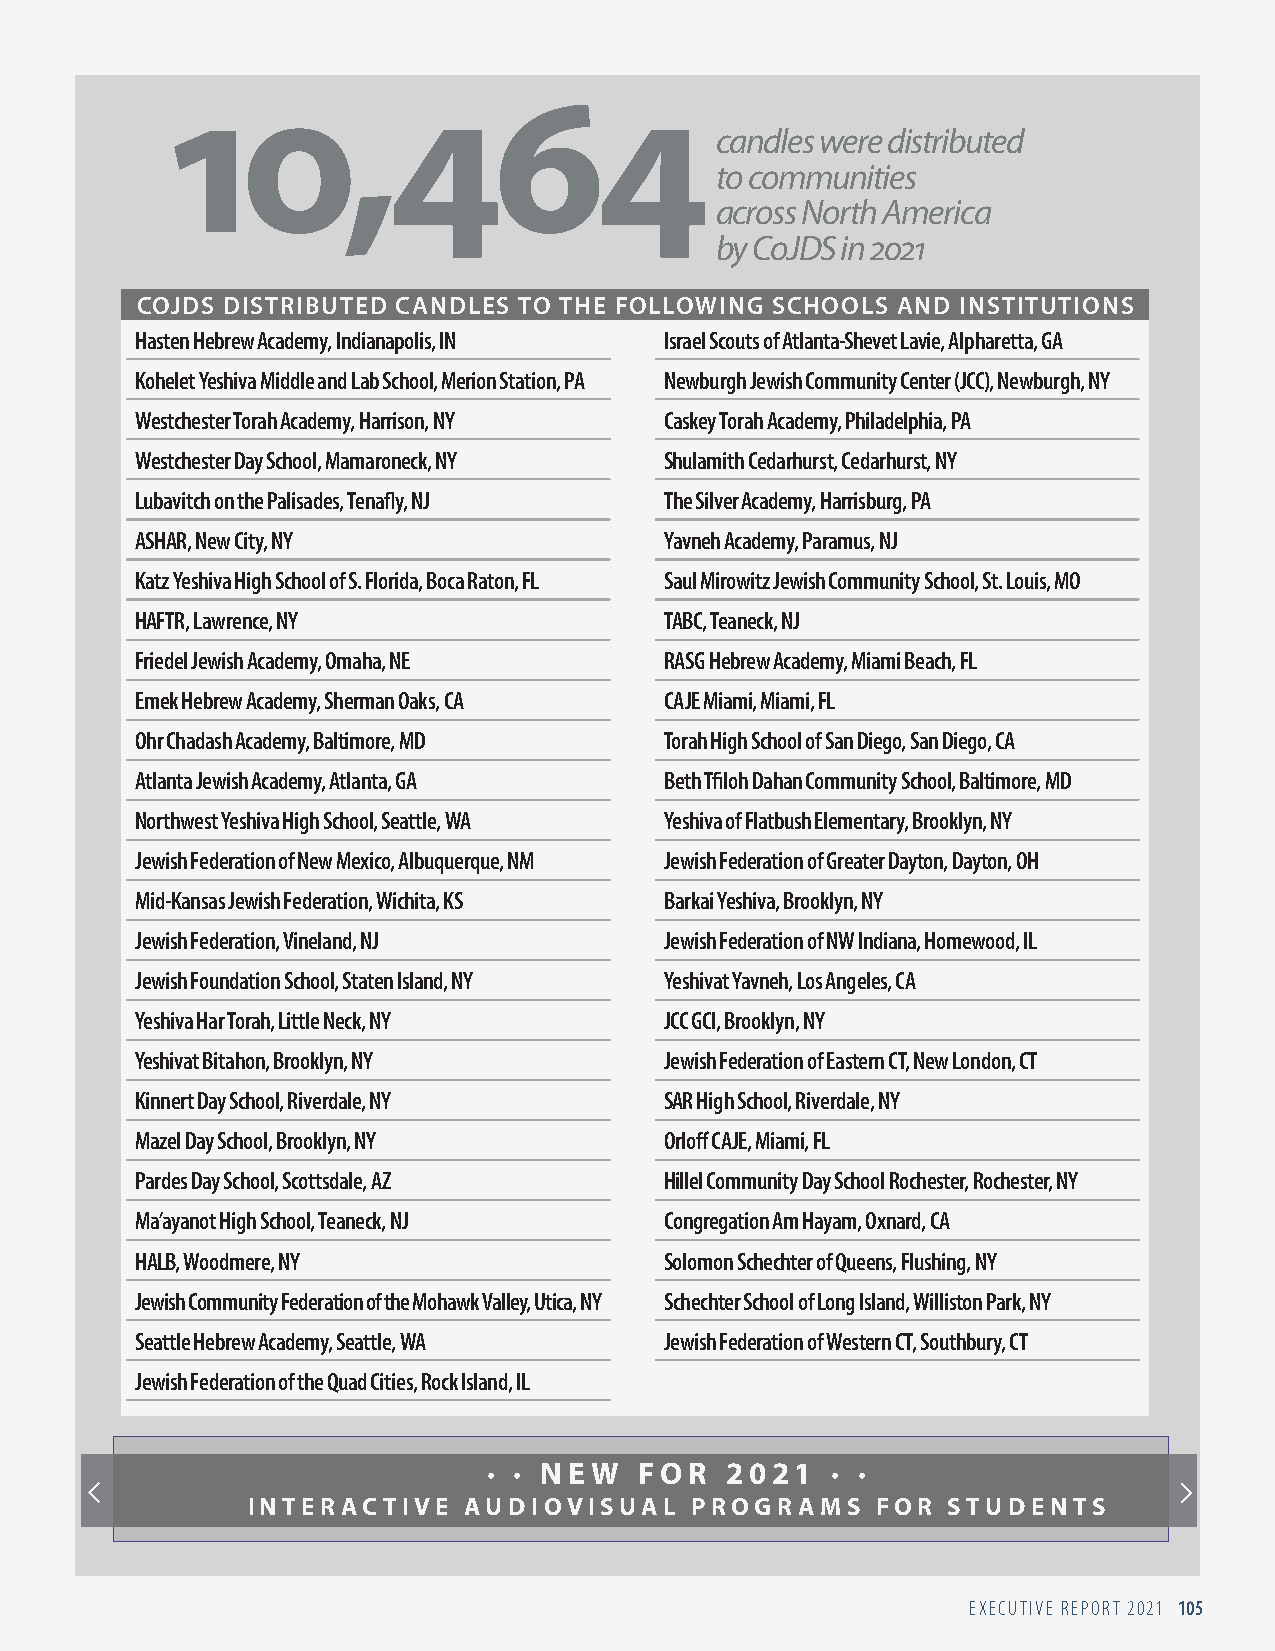
10,464
 candles were distributed
 to communities
 across North America
 by CoJDS in 2021
 COJDS DISTRIBUTED CANDLES TO THE FOLLOWING SCHOOLS AND INSTITUTIONS
 Hasten Hebrew Academy, Indianapolis, IN Israel Scouts of Atlanta-Shevet Lavie, Alpharetta, GA
 Kohelet Yeshiva Middle and Lab School, Merion Station, PA Newburgh Jewish Community Center (JCC), Newburgh, NY
 Westchester Torah Academy, Harrison, NY Caskey Torah Academy, Philadelphia, PA
 Westchester Day School, Mamaroneck, NY Shulamith Cedarhurst, Cedarhurst, NY
 Lubavitch on the Palisades, Tenafly, NJ The Silver Academy, Harrisburg, PA
 ASHAR, New City, NY                Yavneh Academy, Paramus, NJ
 Katz Yeshiva High School of S. Florida, Boca Raton, FL Saul Mirowitz Jewish Community School, St. Louis, MO
 HAFTR, Lawrence, NY                TABC, Teaneck, NJ
 Friedel Jewish Academy, Omaha, NE  RASG Hebrew Academy, Miami Beach, FL
 Emek Hebrew Academy, Sherman Oaks, CA CAJE Miami, Miami, FL
 Ohr Chadash Academy, Baltimore, MD Torah High School of San Diego, San Diego, CA
 Atlanta Jewish Academy, Atlanta, GA Beth Tfiloh Dahan Community School, Baltimore, MD
 Northwest Yeshiva High School, Seattle, WA Yeshiva of Flatbush Elementary, Brooklyn, NY
 Jewish Federation of New Mexico, Albuquerque, NM Jewish Federation of Greater Dayton, Dayton, OH
 Mid-Kansas Jewish Federation, Wichita, KS Barkai Yeshiva, Brooklyn, NY
 Jewish Federation, Vineland, NJ    Jewish Federation of NW Indiana, Homewood, IL
 Jewish Foundation School, Staten Island, NY Yeshivat Yavneh, Los Angeles, CA
 Yeshiva Har Torah, Little Neck, NY JCC GCI, Brooklyn , NY
 Yeshivat Bitahon, Brooklyn, NY     Jewish Federation of Eastern CT, New London, CT
 Kinnert Day School, Riverdale, NY  SAR High School, Riverdale , NY
 Mazel Day School, Brooklyn, NY     Orloff CAJE, Miami, FL
 Pardes Day School, Scottsdale, AZ  Hillel Community Day School Rochester, Rochester, NY
 Ma’ayanot High School, Teaneck, NJ Congregation Am Hayam, Oxnard, CA
 HALB, Woodmere, NY                 Solomon Schechter of Queens, Flushing, NY
 Jewish Community Federation of the Mohawk Valley, Utica, NY Schechter School of Long Island, Williston Park, NY
 Seattle Hebrew Academy, Seattle, WA Jewish Federation of Western CT, Southbury, CT
 Jewish Federation of the Quad Cities, Rock Island, IL
 ∙ ∙ N EW  FO  R 2021   ∙ ∙
 INTERACTIVE    AUDIOVISUAL    PROGRAMS    FOR  STUDENTS
 EXECUTIVE REPORT 2021 105